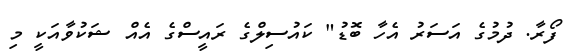
ފޯރާ. ދުމުގެ އަސަރު އެހާ ބޮޑު" ކައުސިލްގެ ރައީސްގެ އެއް ޝަކުވާއަކީ މި